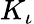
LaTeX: K_{\iota}